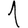
Digit: 1